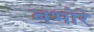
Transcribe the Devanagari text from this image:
बभोरे